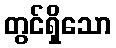
တွင်ရှိသော